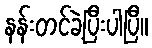
နန်းတင်ခဲ့ပြီးပါပြီ။